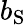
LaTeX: b_{\mathrm{S}}